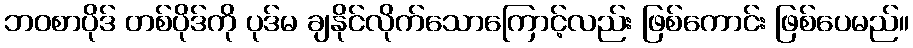
ဘဝစာပိုဒ် တစ်ပိုဒ်ကို ပုဒ်မ ချနိုင်လိုက်သောကြောင့်လည်း ဖြစ်ကောင်း ဖြစ်ပေမည်။